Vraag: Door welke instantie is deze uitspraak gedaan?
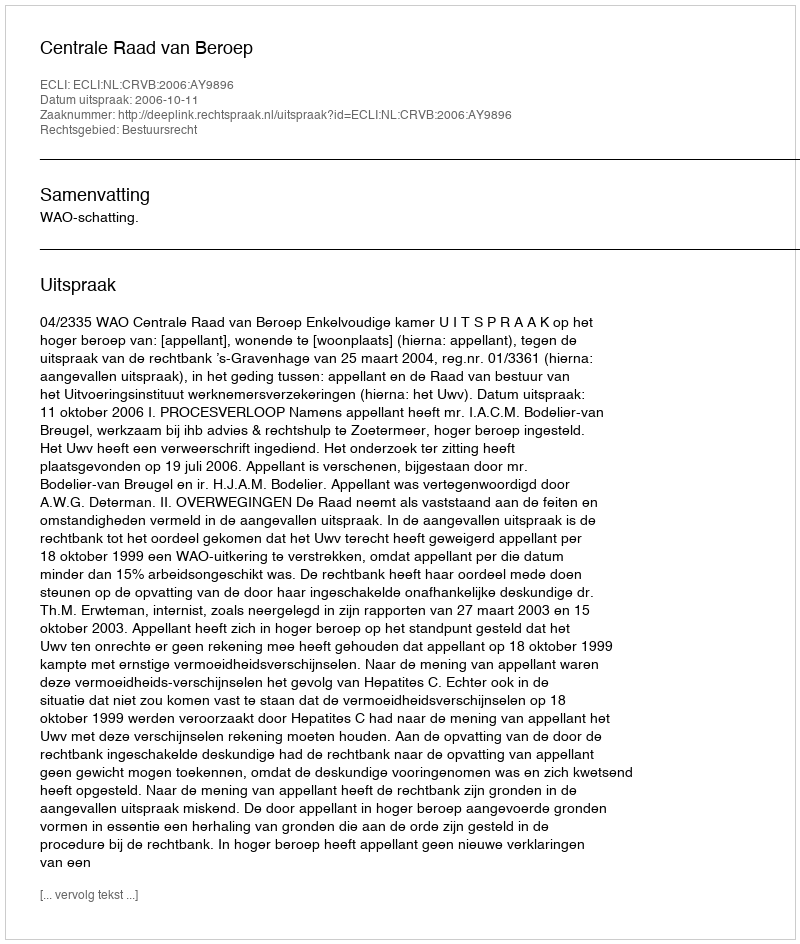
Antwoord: Centrale Raad van Beroep